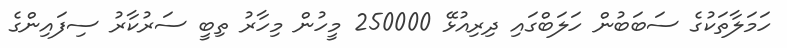
ހަމަލާތަކުގެ ސަބަބުން ހަލަބްގައި ދިރިއުޅޭ 250000 މީހުން މިހާރު ތިބީ ސަރުކާރު ސިފައިންގެ